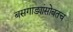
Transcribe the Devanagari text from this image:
बसगाड्यांसोबतच